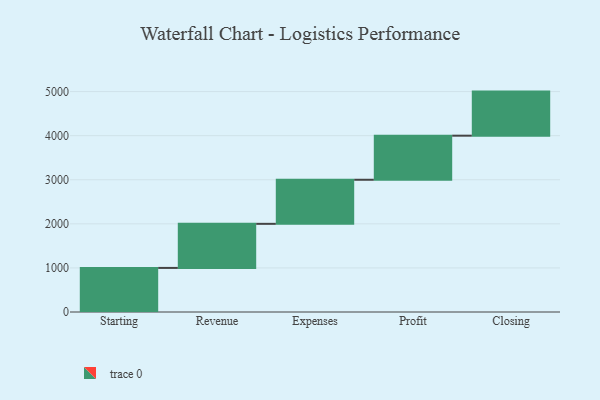
{"axis": {"x": "Step", "y": "Value"}, "legend": [""], "data": [{"x": "Starting", "y": 1000, "type": ""}, {"x": "Revenue", "y": 1000, "type": ""}, {"x": "Expenses", "y": 1000, "type": ""}, {"x": "Profit", "y": 1000, "type": ""}, {"x": "Closing", "y": 1000, "type": ""}]}